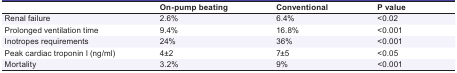
<table><thead><tr><td></td><td><b>On-pump beating</b></td><td><b>Conventional</b></td><td><b>P value</b></td></tr></thead><tbody><tr><td> Renal failure </td><td> 2.6% </td><td> 6.4% </td><td> &lt;0.02 </td></tr><tr><td> Prolonged ventilation time </td><td> 9.4% </td><td> 16.8% </td><td> &lt;0.001 </td></tr><tr><td> Inotropes requirements </td><td> 24% </td><td> 36% </td><td> &lt;0.001 </td></tr><tr><td> Peak cardiac troponin I (ng/ml) </td><td> 4±2 </td><td> 7±5 </td><td> &lt;0.05 </td></tr><tr><td> Mortality </td><td> 3.2% </td><td> 9% </td><td> &lt;0.001 </td></tr></tbody></table>